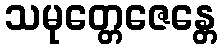
သမုတ္တေဇေန္တေ